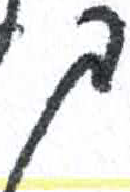
אות: ך